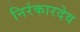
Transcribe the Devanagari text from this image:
निरंकारदेव